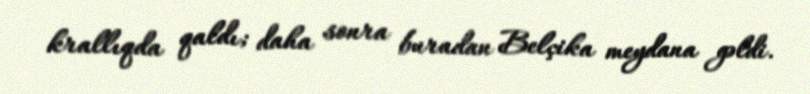
krallıqda qaldı; daha sonra buradan Belçika meydana gəldi.